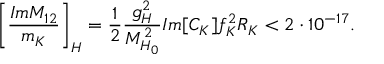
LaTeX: \biggl [ \frac { I m { M } _ { 1 2 } } { m _ { K } } \biggr ] _ { H } = \frac { 1 } { 2 } \frac { g _ { H } ^ { 2 } } { M _ { H _ { 0 } } ^ { 2 } } I m [ C _ { K } ] f _ { K } ^ { 2 } R _ { K } < 2 \cdot 1 0 ^ { - 1 7 } .